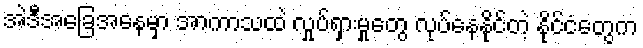
အဲဒီအခြေအနေမှာ အာကာသထဲ လှုပ်ရှားမှုတွေ လုပ်နေနိုင်တဲ့ နိုင်ငံတွေက